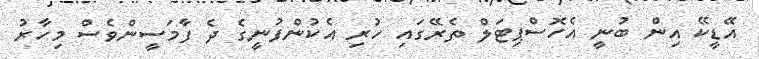
އޭޑީކޭ އިން ބުނީ އެހޮސްޕިޓަލް ތެރޭގައި ހުރި އެކުންފުނީގެ ދެ ފާމަސީންވެސް މިހާރު